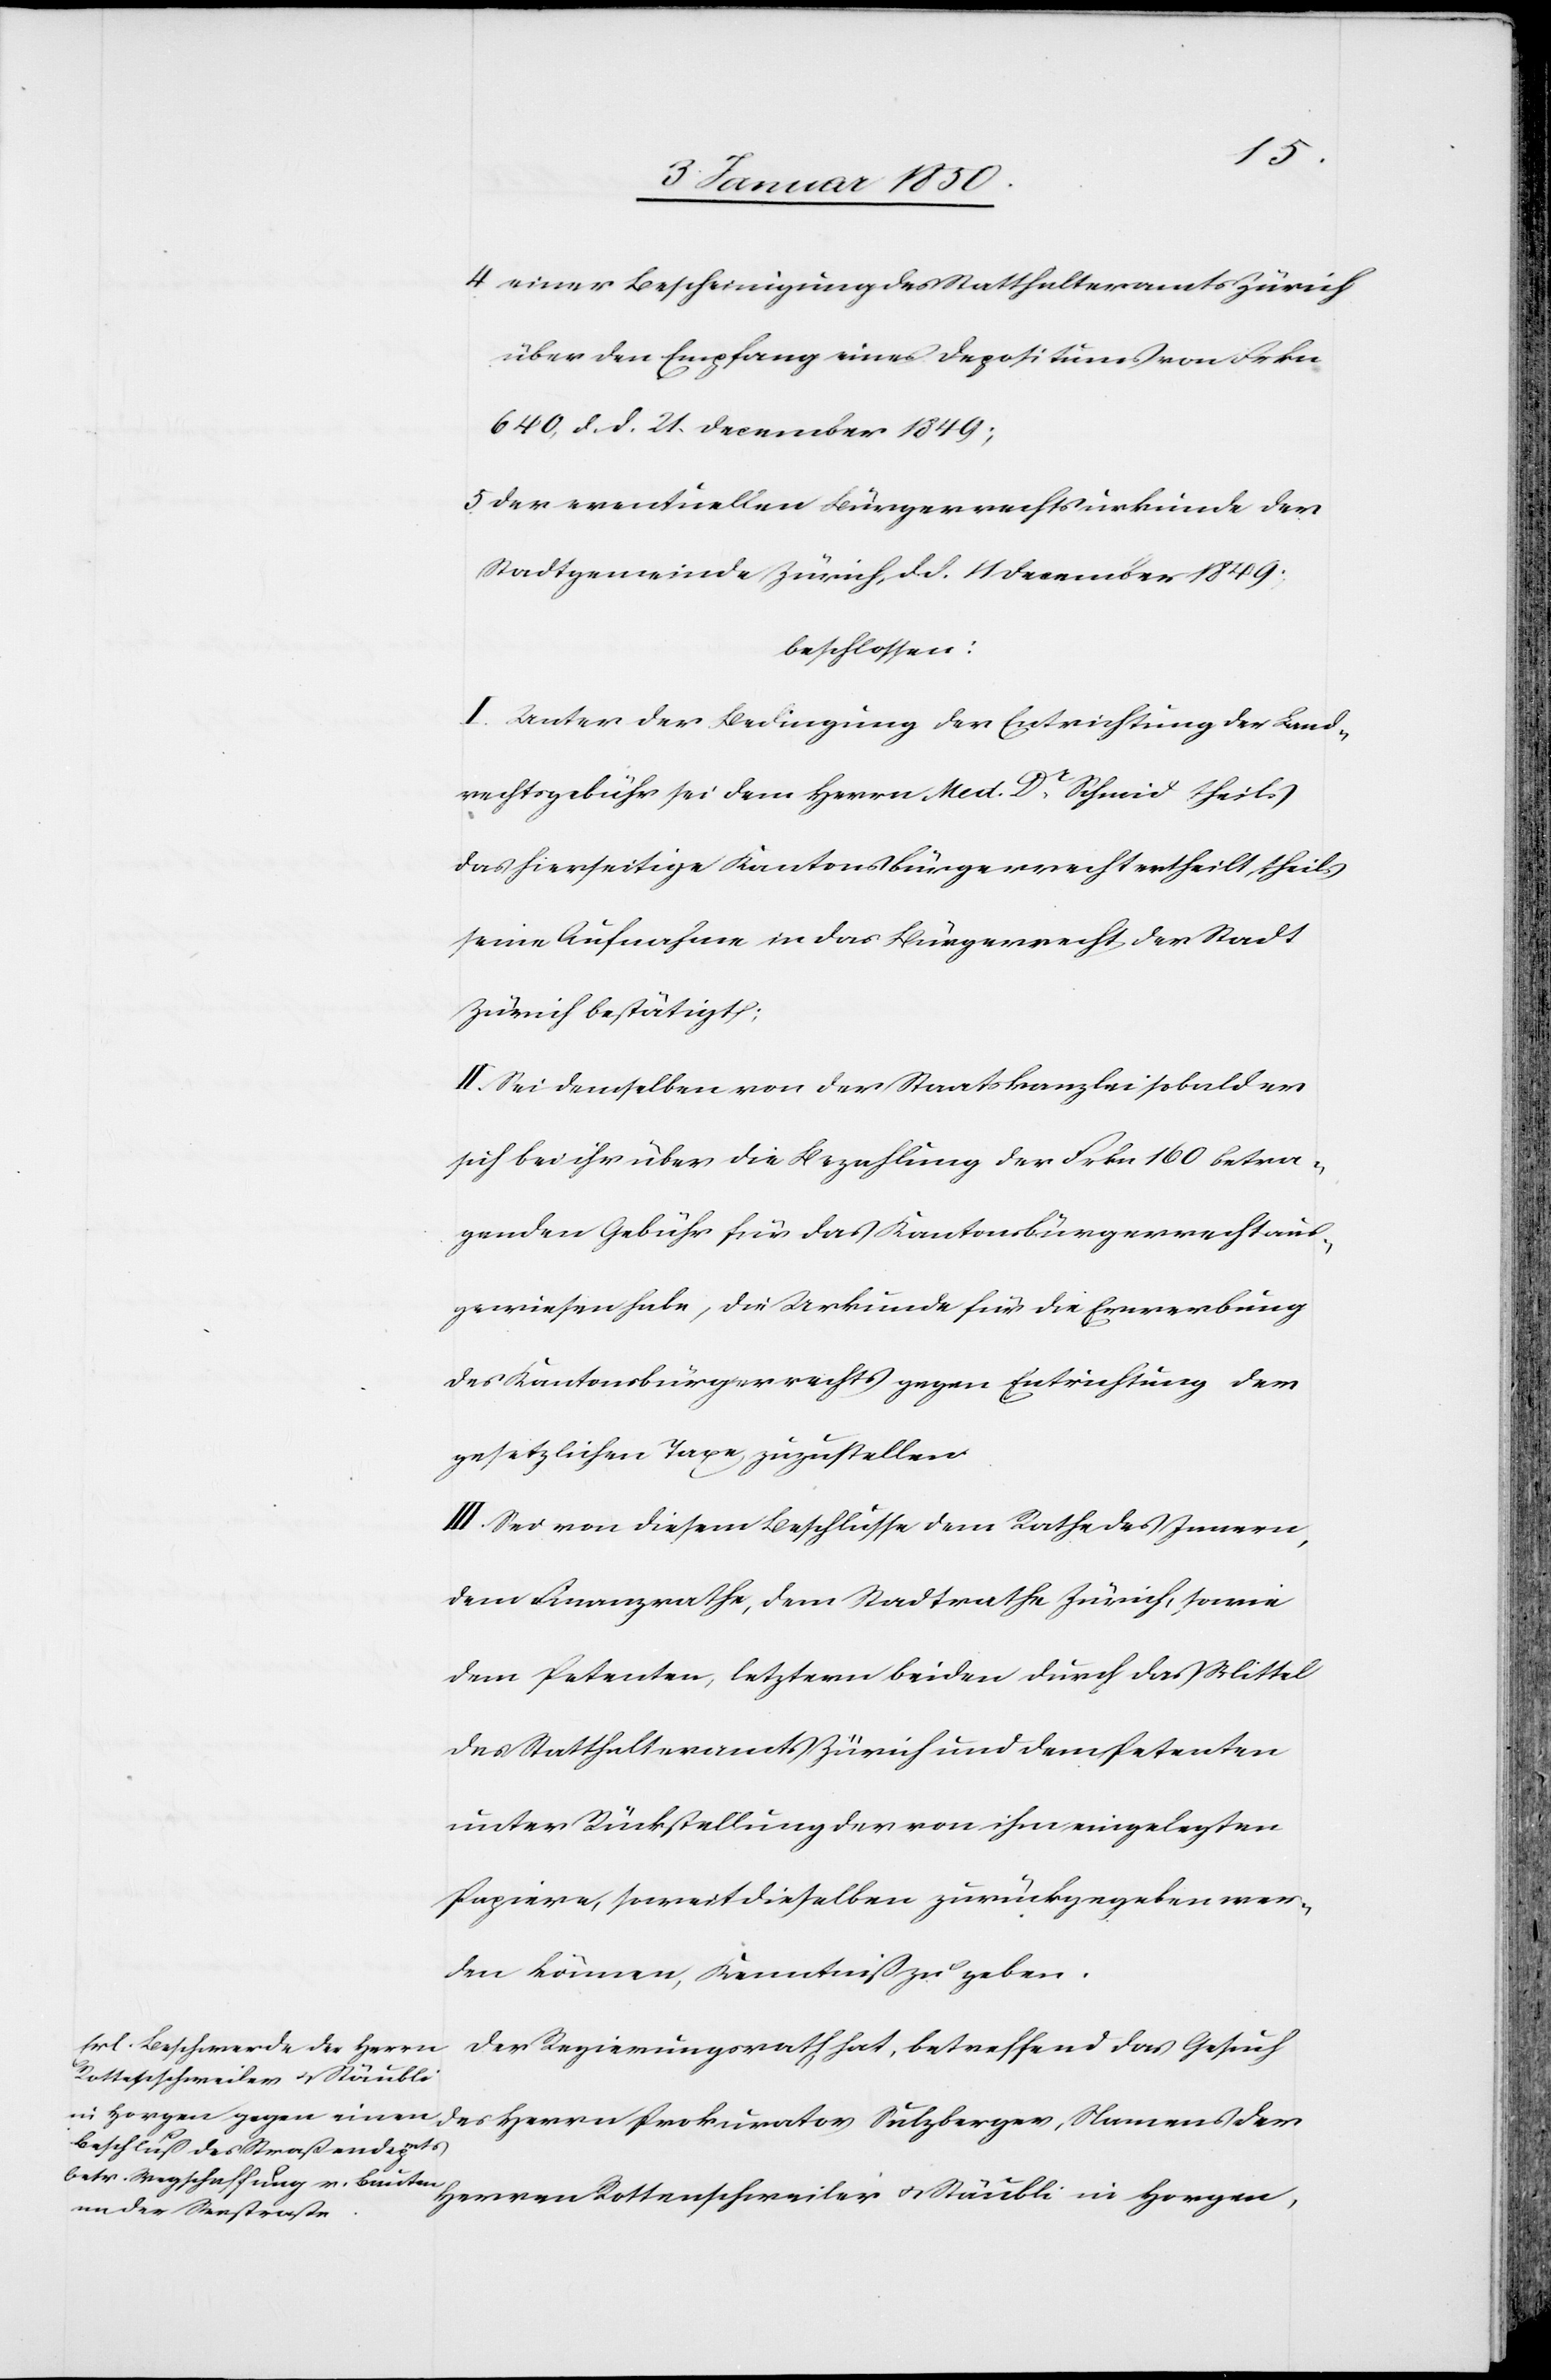
4. einer Bescheinigung des Statthalteramts Zürich
über den Empfang eines Depositums von Frkn
640, d. d. 21. December 1849;
5. Der eventuellen Bürgerrechtsurkunde der
Stadtgemeinde Zürich, d. d. 11 December 1849;
beschlossen:
I. Unter der Bedingung der Entrichtung der Land¬
rechtsgebühr sei dem Herrn Med. Dr Schmid theils
das hierseitige Kantonsbürgerrecht ertheilt, theils
seine Aufnahme in das Bürgerrecht der Stadt
Zürich bestätigt;
II. Sei demselben von der Staatskanzlei sobald er
sich bei ihr über die Bezahlung der Frkn 160 betra¬
genden Gebühr für das Kantonsbürgerrecht aus¬
gewiesen habe, die Urkunde für die Erwerbung
des Kantonsbürgerrechts gegen Entrichtung der
gesetzlichen Taxe zuzustellen.
III. Sei von diesem Beschlusse dem Rathe des Innern,
dem Finanzrathe, dem Stadtrathe Zürich, sowie
dem Petenten, letztern beiden durch das Mittel
des Statthalteramts Zürich und dem Petenten
unter Rückstellung der von ihm eingelegten
Papiere, soweit dieselben zurückgegeben wer¬
den können, Kenntniß zu geben.
Der Regierungsrath hat, betreffend das Gesuch
Herren Rottenschweiler u. Stäubli in Horgen,